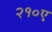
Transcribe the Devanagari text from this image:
२१०ए